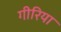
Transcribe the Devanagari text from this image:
गीरिया